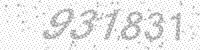
Solution: 931831